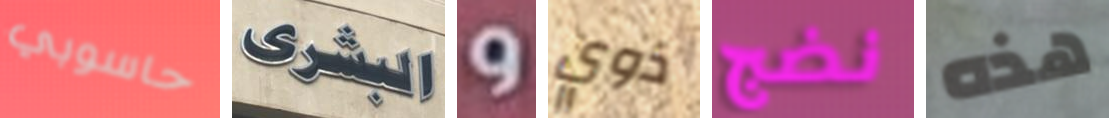
حاسوبي البشرى و ذوي نضج هذه